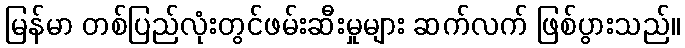
မြန်မာ တစ်ပြည်လုံးတွင်ဖမ်းဆီးမှုများ ဆက်လက် ဖြစ်ပွားသည်။